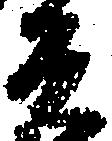
兵